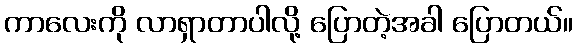
ကာလေးကို လာရှာတာပါလို့ ပြောတဲ့အခါ ပြောတယ်။